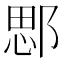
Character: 𨜐